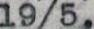
19/5,